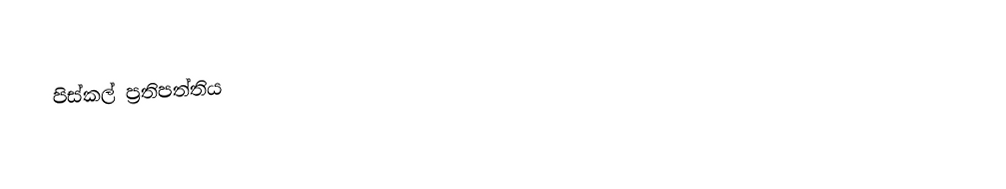
පිස්කල් ප්‍රතිපත්තිය